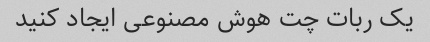
یک ربات چت هوش مصنوعی ایجاد کنید